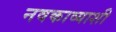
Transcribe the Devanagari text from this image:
नवकाव्याशी